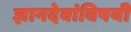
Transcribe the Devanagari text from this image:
ज्ञानदेवांविषयी